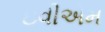
ઇવીએમ